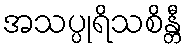
အသပ္ပုရိသစိန္တီ